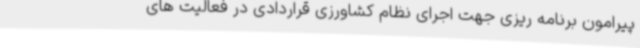
پیرامون برنامه ریزی جهت اجرای نظام کشاورزی قراردادی در فعالیت های